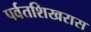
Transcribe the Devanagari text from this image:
पर्वतशिखरास